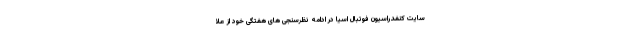
سایت کنفدراسیون فوتبال اسیا در ادامه نظرسنجی های هفتگی خود از علا